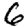
Digit: 6